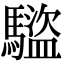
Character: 𬳰